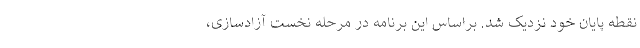
نقطه پایان خود نزدیک شد. براساس این برنامه در مرحله نخست آزادسازی،